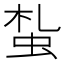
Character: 蚻